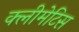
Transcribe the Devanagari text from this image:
क्लीमेटिस